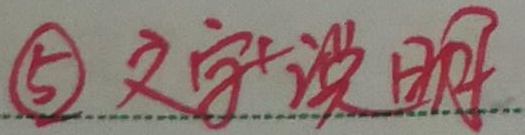
\textcircled{5} 文字说明